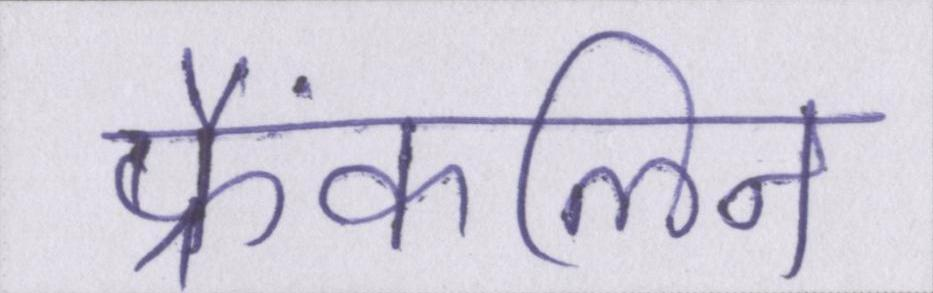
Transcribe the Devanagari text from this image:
फ्रैंकलिन